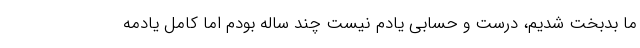
ما بدبخت شدیم، درست و حسابی یادم نیست چند ساله بودم اما کامل یادمه